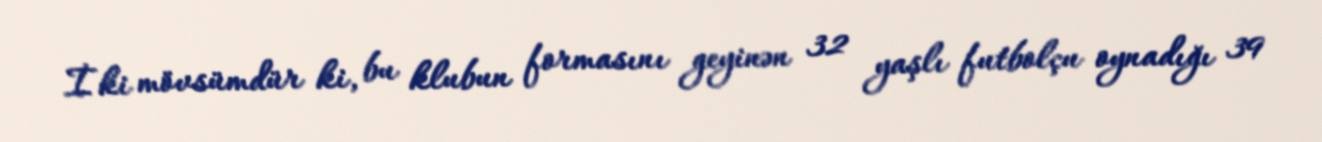
İki mövsümdür ki, bu klubun formasını geyinən 32 yaşlı futbolçu oynadığı 39